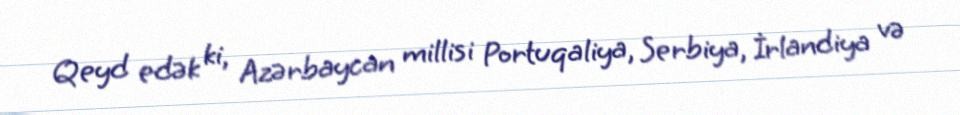
Qeyd edək ki, Azərbaycan millisi Portuqaliya, Serbiya, İrlandiya və